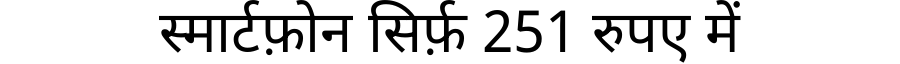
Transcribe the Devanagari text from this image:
स्मार्टफ़ोन सिर्फ़ 251 रुपए में